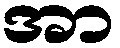
အာ